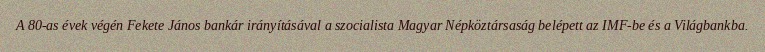
A 80-as évek végén Fekete János bankár irányításával a szocialista Magyar Népköztársaság belépett az IMF-be és a Világbankba.